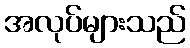
အလုပ်များသည်